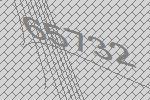
65732